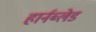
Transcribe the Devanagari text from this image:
हार्नब्लेड